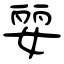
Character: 婯